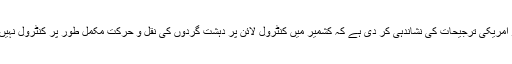
ابھی چند روز قبل امریکی نائب وزیر خارجہ کرسٹیناروکا نے یہ کہہ کر امریکی ترجیحات کی نشاندہی کر دی ہے کہ کشمیر میں کنٹرول لائن پر دہشت گردوں کی نقل و حرکت مکمل طور پر کنٹرول نہیں ہوئی اس لیے اگلے ماہ تک پاک بھارت کشیدگی میں اضافہ ہو سکتا ہے۔